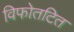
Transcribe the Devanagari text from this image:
विफोतटित